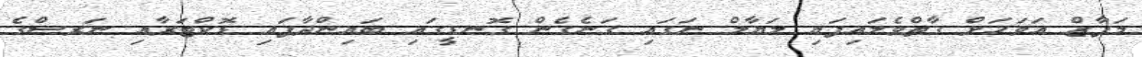
މަފާޒް އަވަހަށް ގާތްވެލައިފައި ލަޔާލް ނަގައި ގަނެގެން ގޮނޑީގައި ބައިންދާފައި ޑޮކްޓަރާއި ނަރސްގެ